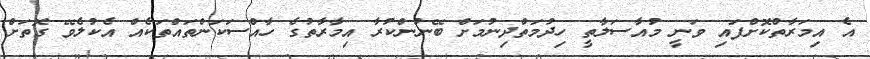
އެ އިމަރާތްކޮށްފައި ވަނީ މުއާސަލާތީ ހިދުމަތްދިނުމަށް ބޭނުންކުރާ އިމާރާތުގެ ހާއްސަކަންތައްތަކެއް އެކުލެވޭ ގޮތަށް